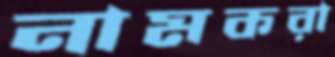
নামকরা